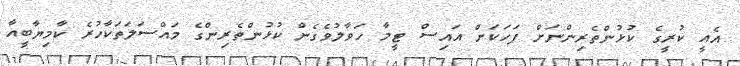
އެއީ ކުރީގެ ކުޅުންތެރިންނަށް ފަހަކަށް އައިސް ޓީމާ ހަވާލުވެގެން ކުޅުންތެރިންގެ މައްސަލަތަކާހުރެ ކާމިޔާބީއާ